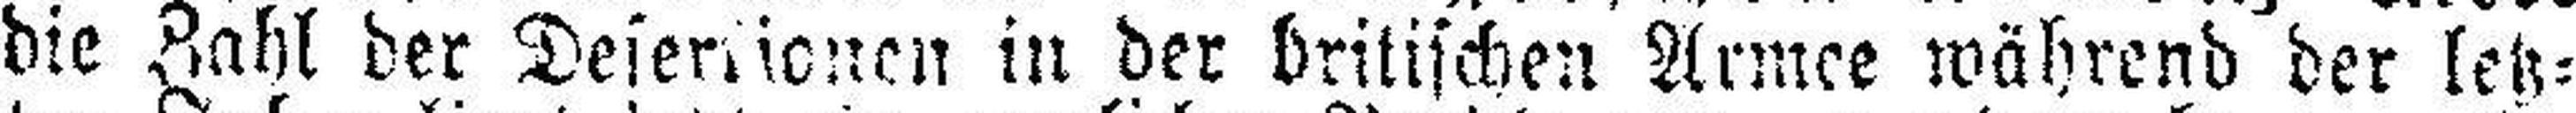
die Zahl der Desertionen in der britischen Armee während der letz¬